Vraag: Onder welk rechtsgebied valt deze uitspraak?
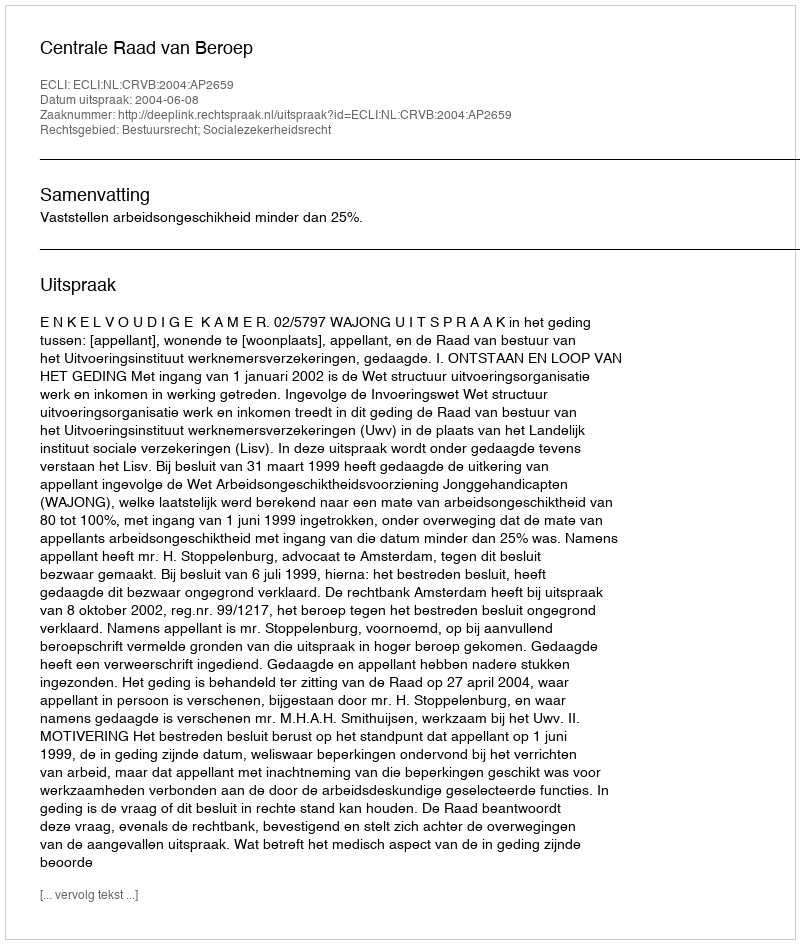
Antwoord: Bestuursrecht; Socialezekerheidsrecht